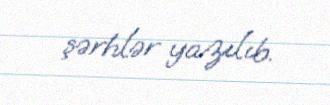
şərhlər yazılıb.